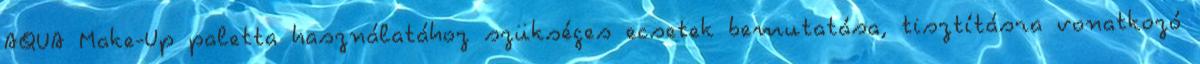
AQUA Make-Up paletta használatához szükséges ecsetek bemutatása, tisztításra vonatkozó